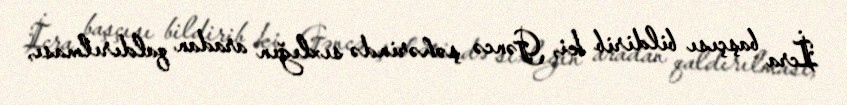
İcra başçısı bildirib ki, Gəncə şəhərində sıxlığın aradan qaldırılması,